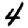
Digit: 4